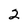
Character: 2